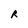
Character: R